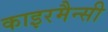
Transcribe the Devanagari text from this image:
काइरमैन्सी